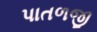
પાતળજી